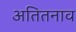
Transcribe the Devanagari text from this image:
अतितनाव